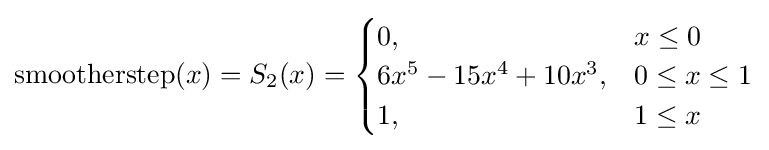
\operatorname {smootherstep} (x)=S_{2}(x)={\begin{cases}0,&x\leq 0\\6x^{5}-15x^{4}+10x^{3},&0\leq x\leq 1\\1,&1\leq x\\\end{cases}}